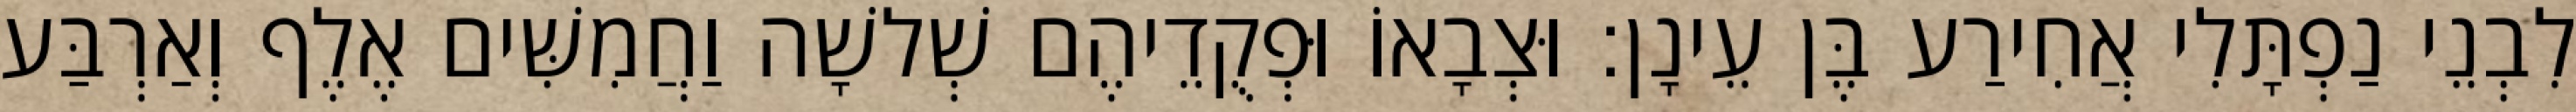
לִבְנֵי נַפְתָּלִי אֲחִירַע בֶּן עֵינָן׃ וּצְבָאוֹ וּפְקֻדֵיהֶם שְׁלשָׁה וַחֲמִשִּׁים אֶלֶף וְאַרְבַּע